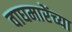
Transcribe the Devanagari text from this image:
वाघमारेंच्या